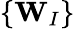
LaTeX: \left\{ \mathbf{W}_{I}\right\}